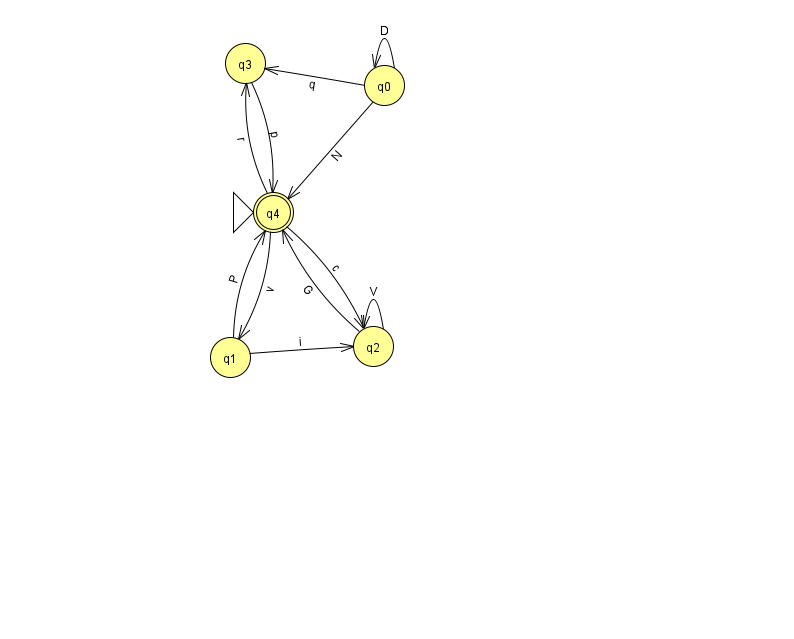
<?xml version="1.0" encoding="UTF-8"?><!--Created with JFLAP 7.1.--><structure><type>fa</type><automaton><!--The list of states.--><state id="0" name="q0"><x>384.0</x><y>72.0</y></state><state id="1" name="q1"><x>230.0</x><y>344.0</y></state><state id="2" name="q2"><x>373.0</x><y>333.0</y></state><state id="3" name="q3"><x>245.0</x><y>50.0</y></state><state id="4" name="q4"><x>273.0</x><y>199.0</y><initial/><final/></state><!--The list of transitions.--><transition><from>4</from><to>1</to><read>v</read></transition><transition><from>0</from><to>4</to><read>N</read></transition><transition><from>1</from><to>2</to><read>i</read></transition><transition><from>0</from><to>0</to><read>D</read></transition><transition><from>1</from><to>4</to><read>P</read></transition><transition><from>2</from><to>2</to><read>V</read></transition><transition><from>0</from><to>3</to><read>q</read></transition><transition><from>4</from><to>3</to><read>r</read></transition><transition><from>3</from><to>4</to><read>p</read></transition><transition><from>2</from><to>4</to><read>G</read></transition><transition><from>4</from><to>2</to><read>c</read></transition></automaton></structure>